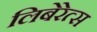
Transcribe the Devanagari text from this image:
लिबेरेत्स